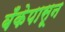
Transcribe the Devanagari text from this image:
बँकेपासून